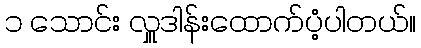
၁ သောင်း လှူဒါန်းထောက်ပံ့ပါတယ်။